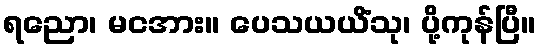
ရညော၊ မငအား။ ပေသယယိံသု၊ ပို့ကုန်ပြီ။